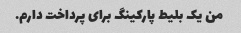
من یک بلیط پارکینگ برای پرداخت دارم.